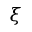
\xi